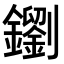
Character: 𨮸